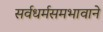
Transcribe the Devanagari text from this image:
सर्वधर्मसमभावाने